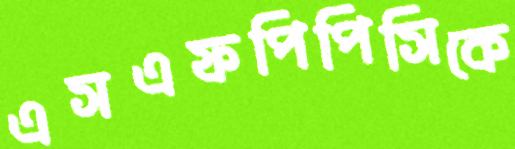
এসএফপিপিসিকে